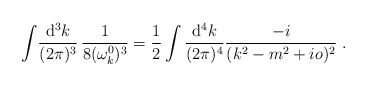
\begin{align*}\int\!\frac{{\rm d^3}k}{(2\pi)^3}\,\frac{1}{8(\omega_k^0)^3}=\frac{1}{2}\int\frac{{\rm d}^4 k}{(2\pi)^4}\frac{-i}{(k^2-m^2+i o)^2}\; .\end{align*}